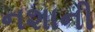
નશાની